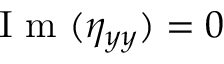
\mathrm { ~ I ~ m ~ } ( \eta _ { y y } ) = 0